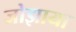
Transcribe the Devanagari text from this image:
जोझाया